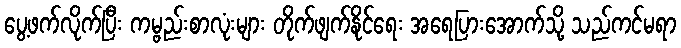
ပွေ့ဖက်လိုက်ပြီး ကမ္ဗည်းစာလုံးများ တိုက်ဖျက်နိုင်ရေး အရေပြားအောက်သို့ သည်ကင်မရာ